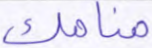
منامك